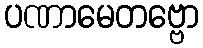
ပဏာမေတဗ္ဗော